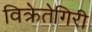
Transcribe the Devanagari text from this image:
विक्रेतेगिरी